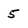
Character: 5